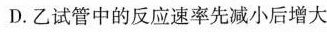
D.乙试管中的反应速率先减小后增大